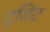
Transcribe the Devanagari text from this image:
ट्‌विट